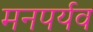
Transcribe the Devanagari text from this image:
मनपर्यव